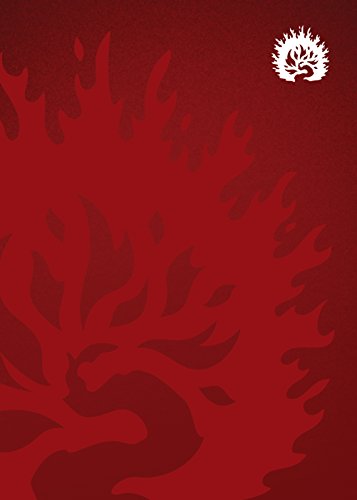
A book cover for Reformation Study Bible (2015) ESV, Crimson Hardcover; Reformation Trust Publishing; Christian Books & Bibles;